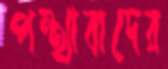
পন্থাবাদের